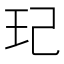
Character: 玘